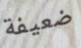
ضعيفة